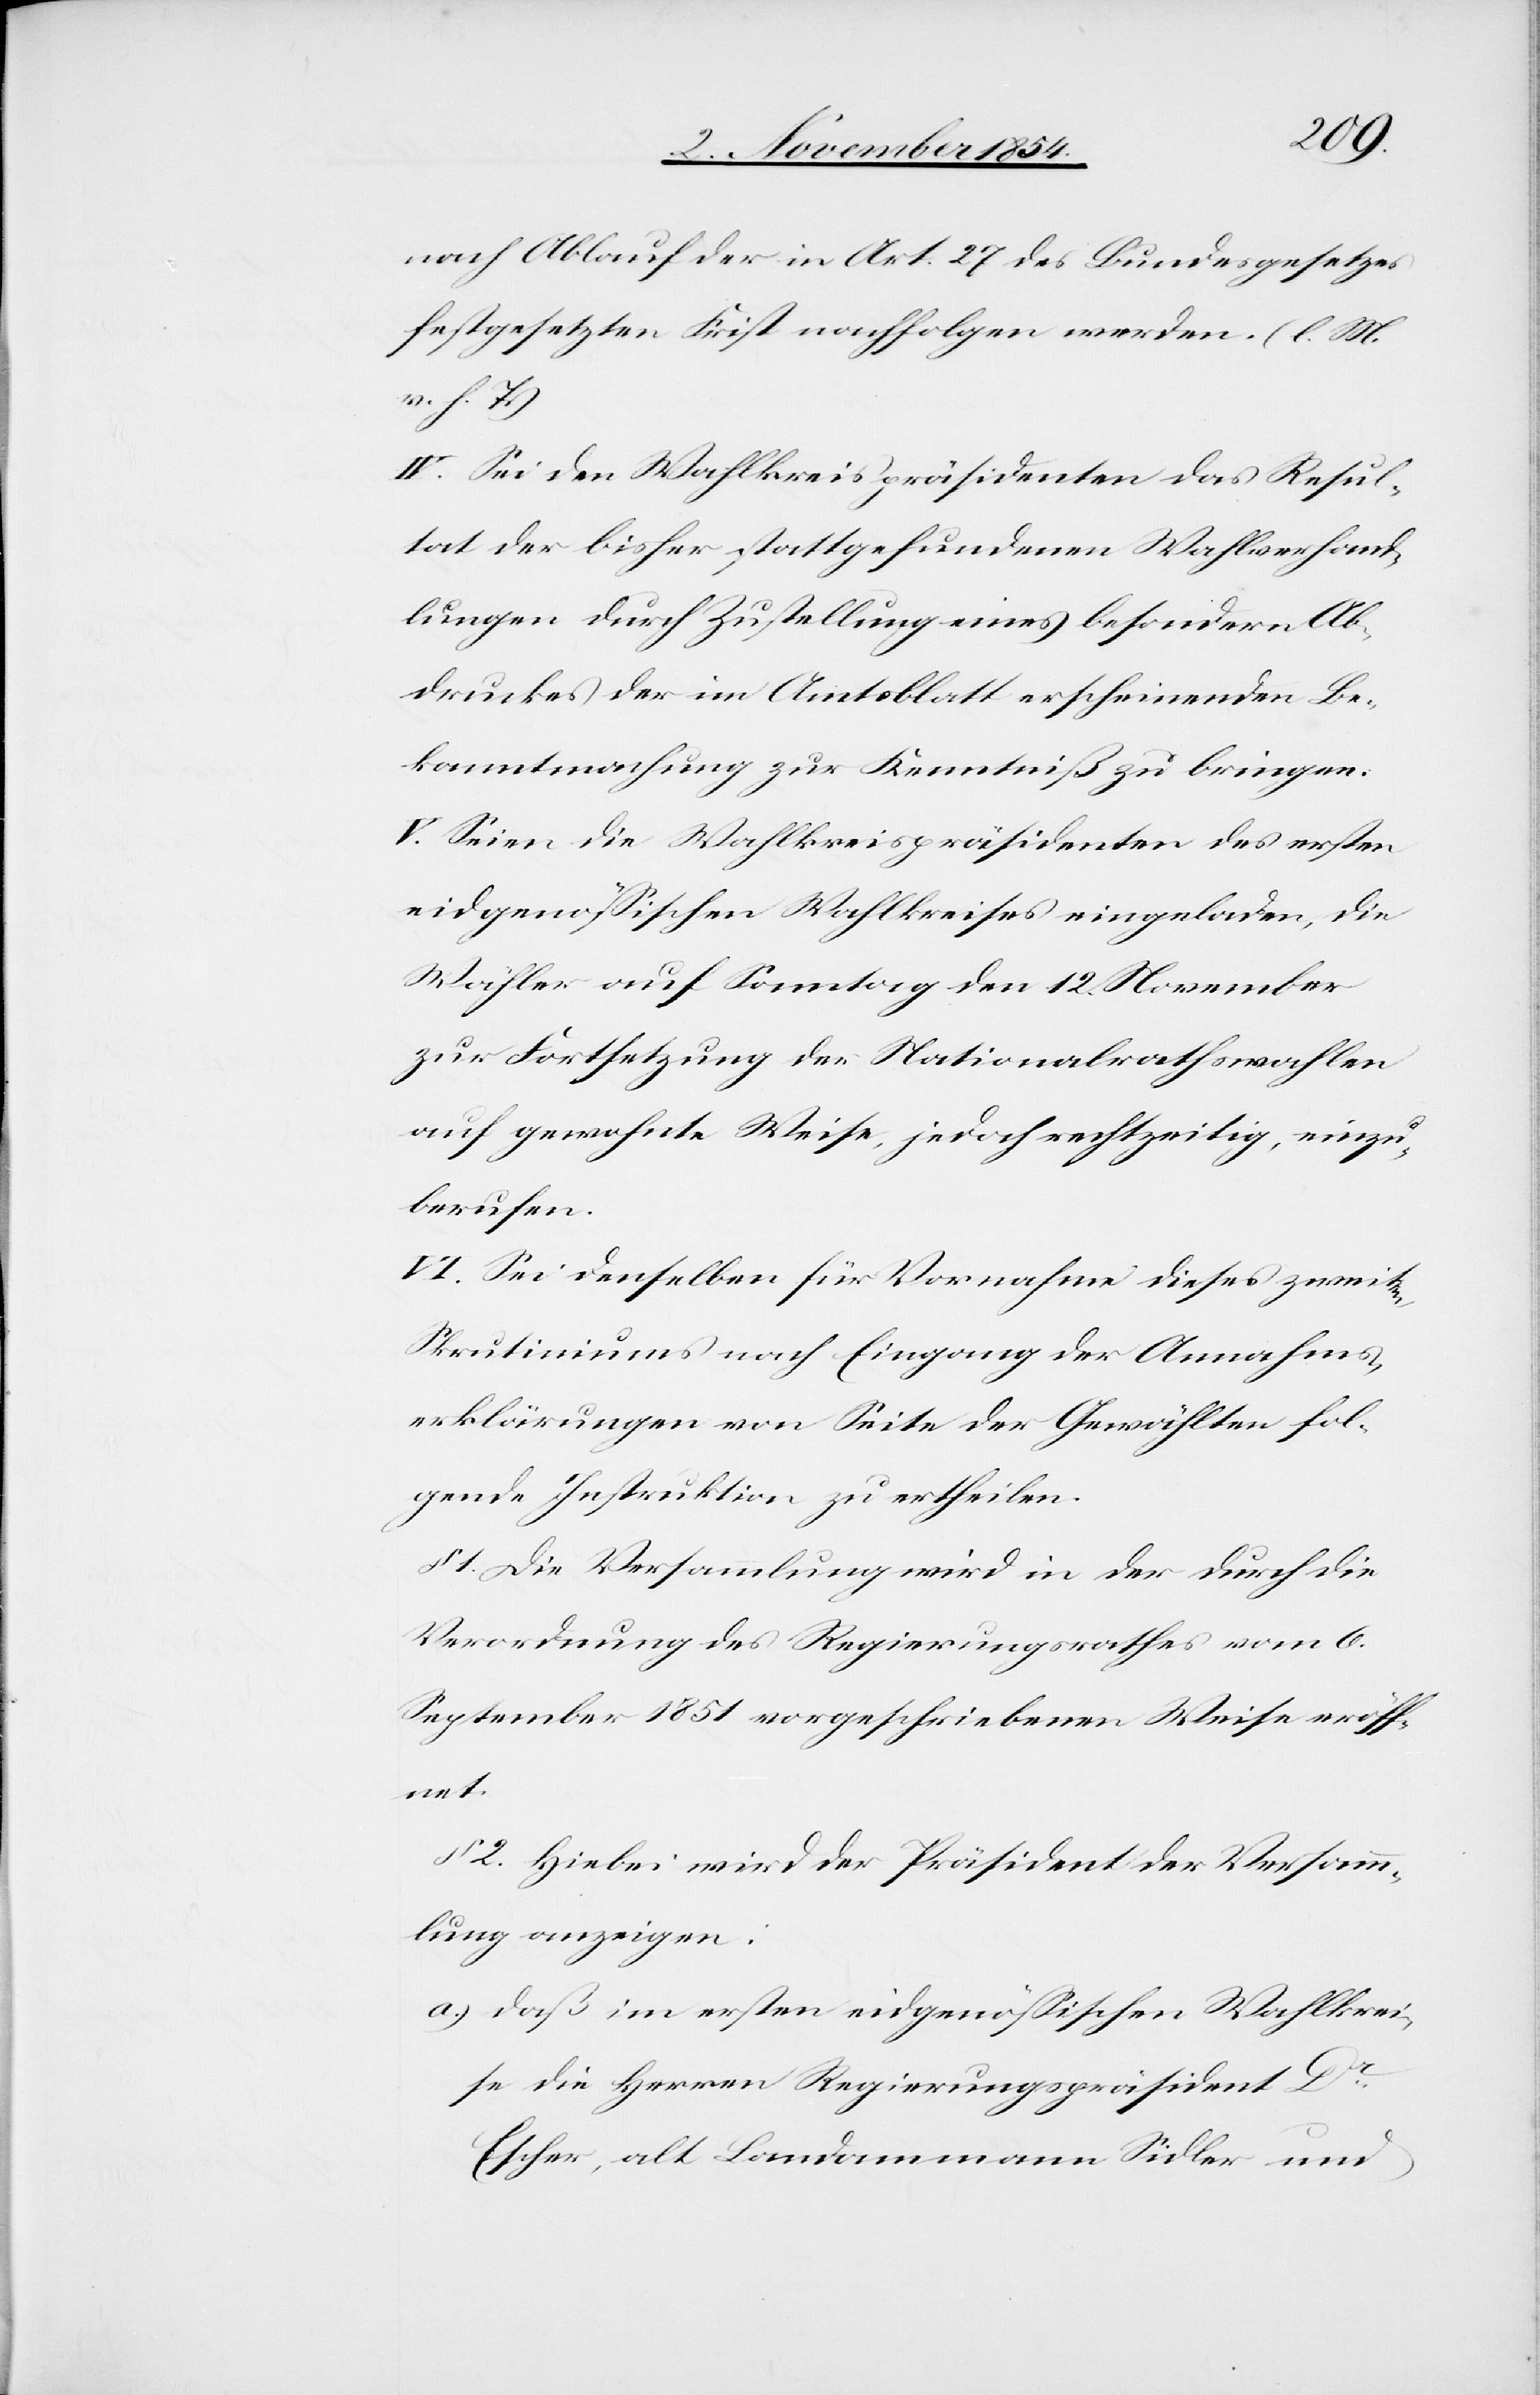
nach Ablauf der in Art. 27 des Bundesgesetzes
festgesetzten Frist nachfolgen werden. (l. M.
h. T.)
IV. Sei den Wahlkreispräsidenten das Resul¬
tat der bisher stattgefundenen Wahlverhand¬
lungen durch Zustellung eines besondern Ab¬
druckes der im Amtsblatt erscheinenden Be¬
kanntmachung zur Kenntniß zu bringen.
V. Seien die Wahlkreispräsidenten des ersten
eidgenößischen Wahlkreises eingeladen, die
Wähler auf Sonntag den 12. November
zur Fortsetzung der Nationalrathswahlen
auf gewohnte Weise, jedoch rechtzeitig, einzu¬
berufen.
VI. Sei denselben für Vornahme dieses zweiten
Skrutiniums nach Eingang der Annahms¬
erklärungen von Seite der Gewählten fol¬
gende Instruktionen zu ertheilen:
§ 1. Die Versammlung wird in der durch die
Verordnung des Regierungsrathes vom 6.
September 1851 vorgeschriebenen Weise eröff¬
net.
§ 2. Hiebei wird der Präsident der Versamm¬
lung anzeigen:
a.) daß im ersten eidgenößischen Wahlkrei¬
se die Herren Regierungspräsident Dr
Escher, alt Landammann Sidler und